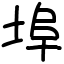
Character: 埠